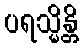
ပရသ္မိန္တိ